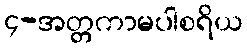
၄-အတ္တကာမပါစရိယ